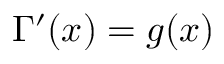
\Gamma ^ { \prime } ( x ) = g ( x )